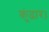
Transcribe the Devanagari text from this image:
कुंढार।